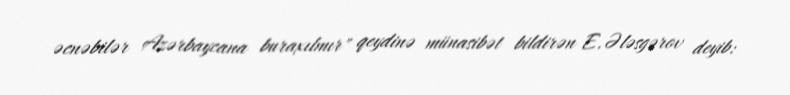
əcnəbilər Azərbaycana buraxılmır" qeydinə münasibət bildirən E.Ələsgərov deyib: